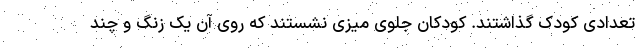
تعدادی کودک گذاشتند. کودکان جلوی میزی نشستند که روی آن یک زنگ و چند